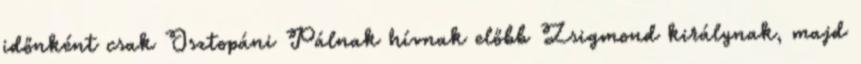
időnként csak Osztopáni Pálnak hívnak előbb Zsigmond királynak, majd